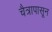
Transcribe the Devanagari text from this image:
चैत्रापासून